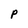
Character: p